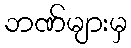
ဘဏ်များမှ